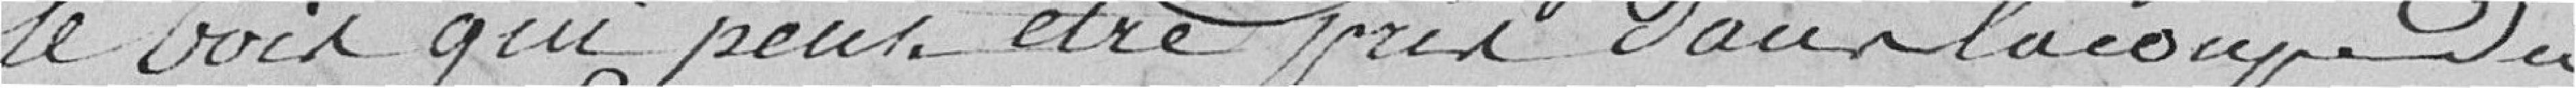
le bois qui peut être pris pour la coupe du